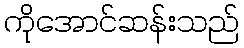
ကိုအောင်ဆန်းသည်